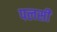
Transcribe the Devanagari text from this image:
पलसी